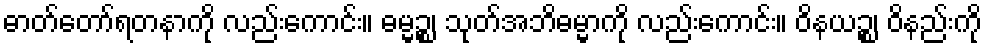
ဓာတ်တော်ရတနာကို လည်းကောင်း။ ဓမ္မဉ္စ၊ သုတ်အဘိဓမ္မာကို လည်းကောင်း။ ဝိနယဉ္စ၊ ဝိနည်းကို